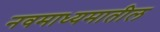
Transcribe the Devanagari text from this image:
नवमाध्यमातील